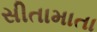
સીતામાતા